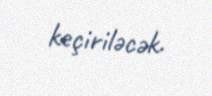
keçiriləcək.